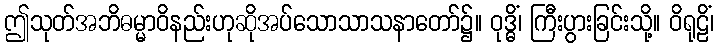
ဤသုတ်အဘိဓမ္မာဝိနည်းဟုဆိုအပ်သောသာသနာတော်၌။ ဝုဒ္ဓိံ၊ ကြီးပွားခြင်းသို့။ ဝိရုဠိံ၊